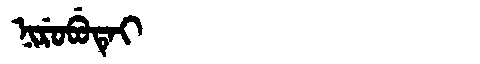
Manchu: ᠨᡳᡵᡠᠪᡠᡨᡝᡳ
Romanization: NIRUBUTEI